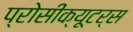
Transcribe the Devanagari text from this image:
प्रोसीक्यूटर्स